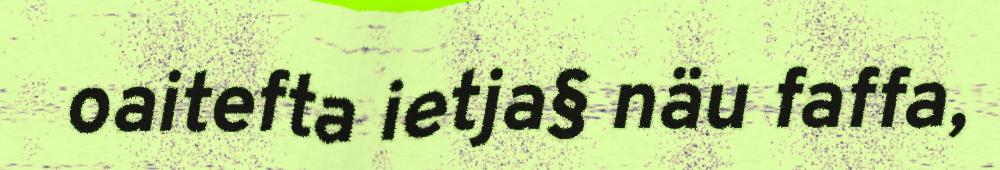
oaitefta ietja§ näu faffa,